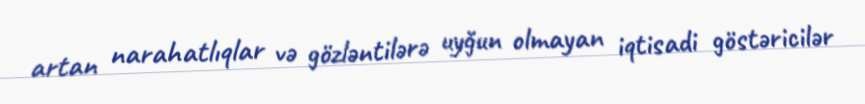
artan narahatlıqlar və gözləntilərə uyğun olmayan iqtisadi göstəricilər